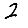
Digit: 2